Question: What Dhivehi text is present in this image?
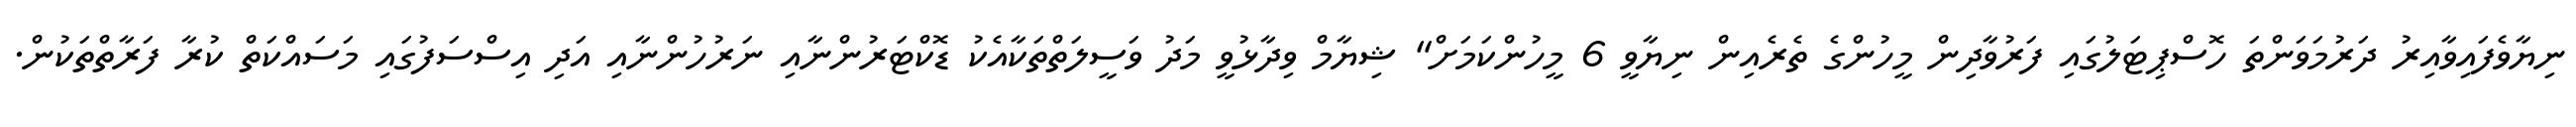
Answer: ނިޔާވެފައިވާއިރު ދަރުމަވަންތަ ހޮސްޕިޓަލުގައި ފަރުވާދިން މީހުންގެ ތެރެއިން ނިޔާވީ 6 މީހުންކަމަށް" ޝިޔާމް ވިދާޅުވީ މަދު ވަސީލަތްތަކާއެކު ޑޮކްޓަރުންނާއި ނަރުހުންނާއި އަދި އިސްސަފުގައި މަސައްކަތް ކުރާ ފަރާތްތަކުން.